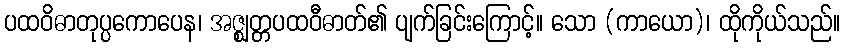
ပထဝိဓာတုပ္ပကောပေန၊ အဇ္ဈတ္တပထဝီဓာတ်၏ ပျက်ခြင်းကြောင့်။ သော (ကာယော)၊ ထိုကိုယ်သည်။